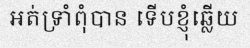
អត់ទ្រាំពុំបាន ទើបខ្ញុំឆ្លើយ